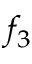
f _ { 3 }